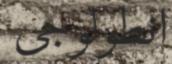
انطولوجى